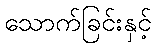
သောက်ခြင်းနှင့်